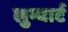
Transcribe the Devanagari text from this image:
लुम्बार्ट